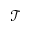
\mathcal { T }